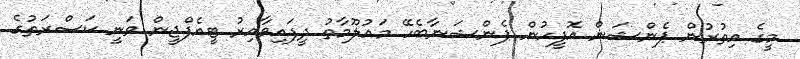
މީގެ އިތުރުން ޕެންޝަން އޮފީހުން ޕެންޝަނާބެހޭ މައުލޫމާތު ދީފައިވާއިރު ޓީއެފްޖީން ވަނީ ކަސްރަތުގެ